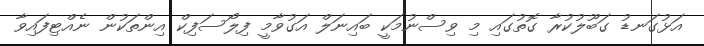
އަޅުގަނޑު ގަބޫލުކުރާ ގޮތުގައި މި ވިސްނުމަކީ ބައިނަލް އަގުވާމީ ފިލޯސަފިކް އިންތަކުން ނެއްޓިފައިވާ